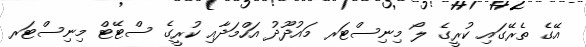
އޭގެ ތެރޭގައި ކުރީގެ ލޯ މިނިސްޓަރ މައުދޫދު އަހްމަދާއި ކުރީގެ ސްޓޭޓް މިނިސްޓަރ